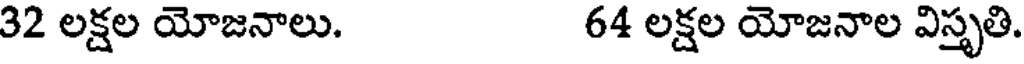
32 లక్షల యోజనాలు. 64 లక్షల యోజనాల విస్తృతి.